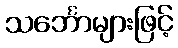
သင်္ဘောများဖြင့်